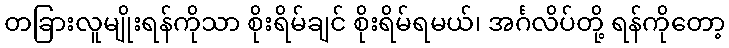
တခြားလူမျိုးရန်ကိုသာ စိုးရိမ်ချင် စိုးရိမ်ရမယ်၊ အင်္ဂလိပ်တို့ ရန်ကိုတော့